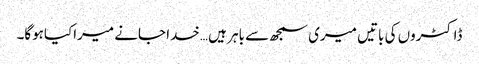
ڈاکٹروں کی باتیں میری سمجھ سے باہر ہیں …خدا جانے میراکیاہوگا۔